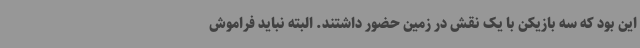
این بود که سه بازیکن با یک نقش در زمین حضور داشتند. البته نباید فراموش